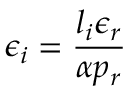
\epsilon _ { i } = \frac { l _ { i } \epsilon _ { r } } { \alpha p _ { r } }